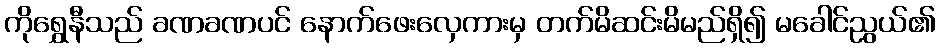
ကိုရွှေနီသည် ခဏခဏပင် နောက်ဖေးလှေကားမှ တက်မိဆင်းမိမည်ရှိ၍ မခေါင်ညွယ်၏